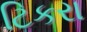
ટિકરા